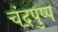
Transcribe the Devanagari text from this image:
चंद्रपुष्प